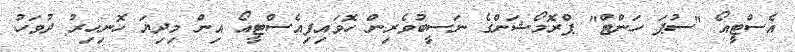
އެސްޓީއޯ "ސުޕަ ހަންޓް" ޕްރޮމޯޝަންގެ ނަސީބުވެރިން ހޮވައިފިއެސްޓީއޯ އިން މިދިޔަ ހޮނިހިރު ދުވަހު